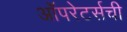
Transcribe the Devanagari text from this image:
ऑपरेटर्सची